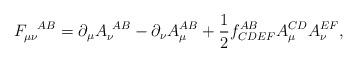
LaTeX: \begin{align*}F_{\mu\nu}^{~~AB} = \partial_\mu A_\nu^{~AB} - \partial_\nu A^{AB}_\mu+ \frac{1}{2} f^{AB}_{CDEF} A^{CD}_\mu A^{EF}_\nu, \end{align*}